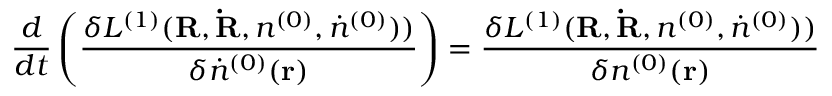
\frac { d } { d t } \left( \frac { \delta { \cal L } ^ { ( 1 ) } ( { \bf R , \dot { R } } , n ^ { ( 0 ) } , { \dot { n } ^ { ( 0 ) } } ) ) } { \delta { \dot { n } } ^ { ( 0 ) } ( { \bf r } ) } \right) = \frac { \delta { \cal L } ^ { ( 1 ) } ( { \bf R , \dot { R } } , n ^ { ( 0 ) } , { \dot { n } ^ { ( 0 ) } } ) ) } { \delta n ^ { ( 0 ) } ( { \bf r } ) }